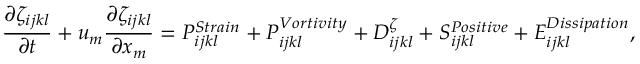
\frac { \partial \zeta _ { i j k l } } { \partial t } + u _ { m } \frac { \partial \zeta _ { i j k l } } { \partial x _ { m } } = P _ { i j k l } ^ { S t r a i n } + P _ { i j k l } ^ { V o r t i v i t y } + D _ { i j k l } ^ { \zeta } + S _ { i j k l } ^ { P o s i t i v e } + E _ { i j k l } ^ { D i s s i p a t i o n } ,